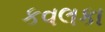
કવલકા